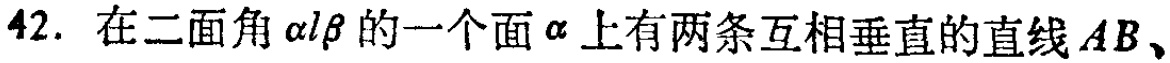
42. 在二面角\(\alpha -l-\beta\)的一个面\(\alpha\)上有两条互相垂直的直线\(AB\)、